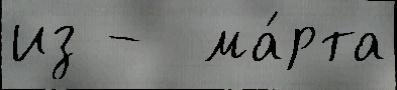
из -  ма́рта